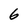
Character: 6